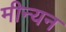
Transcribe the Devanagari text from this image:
मीन्यन